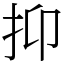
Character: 抑